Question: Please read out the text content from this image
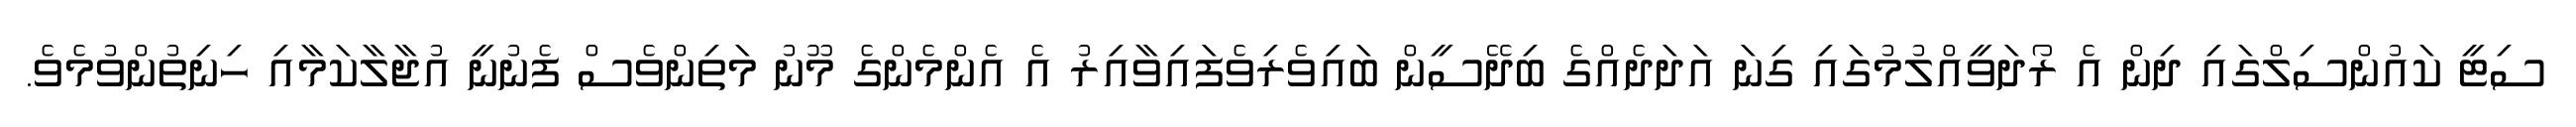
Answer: ސިޓީ ކައުންސިލްގައި ދިން އެ ރޯދަވީއްލުމުގައި ގިނަ އަދަދެއްގެ ބިދޭސީން ބައިވެރިވެފައިވާއިރު އެ އެންމެންގެ މޫނު މަތިންވެސް ފެނުނީ އުޖާލާކަމާއި ހިނިތުންވުމެވެ.